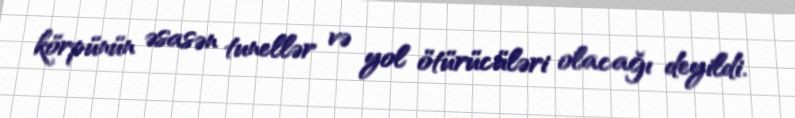
körpünün əsasən tunellər və yol ötürücüləri olacağı deyildi.